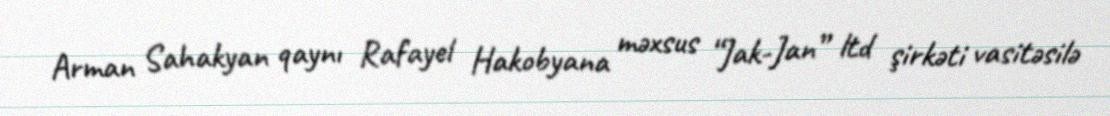
Arman Sahakyan qaynı Rafayel Hakobyana məxsus “Jak-Jan” ltd şirkəti vasitəsilə